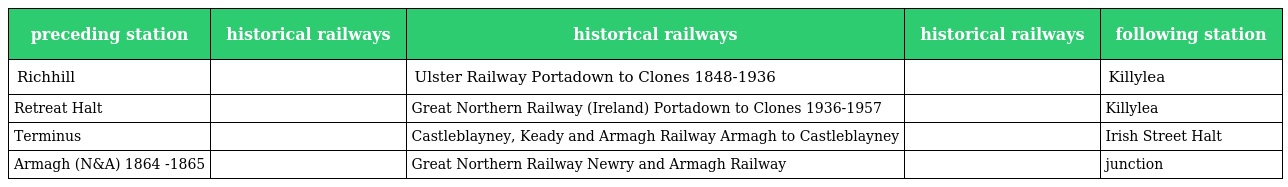
| preceding station | historical railways | historical railways | historical railways | following station |
 | --- | --- | --- | --- | --- |
 | Richhill |  | Ulster Railway Portadown to Clones 1848-1936 |  | Killylea |
 | Retreat Halt |  | Great Northern Railway (Ireland) Portadown to Clones 1936-1957 |  | Killylea |
 | Terminus |  | Castleblayney, Keady and Armagh Railway Armagh to Castleblayney |  | Irish Street Halt |
 | Armagh (N&A) 1864 -1865 |  | Great Northern Railway Newry and Armagh Railway |  | junction |